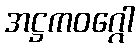
အဋ္ဌကဝဂ္ဂေါ